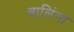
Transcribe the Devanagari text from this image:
बालिंगा